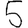
Digit: 5